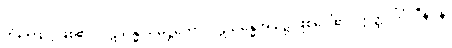
ကံကြောင့်ဖြစ်၏။ ပဋိသန္ဓိ သမုဋ္ဌိတော၊ ပဋိသန္ဓေအခါ၌ ဖြစ်ပေါ်၏။ ဣတ္ထိလိင်္ဂါဒီနိပန၊